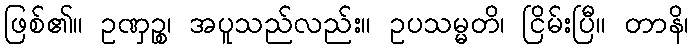
ဖြစ်၏။ ဥဏှဉ္စ၊ အပူသည်လည်း။ ဥပသမ္မတိ၊ ငြိမ်းပြီ။ တာနိ၊